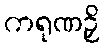
ကရုဏဉှိ